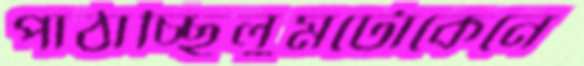
পাঠাচ্ছিলুমটোকেনে